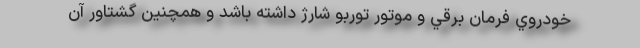
خودروي فرمان برقي و موتور توربو شارژ داشته باشد و همچنين گشتاور آن